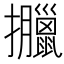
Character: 𢺎